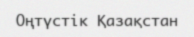
Оңтүстік Қазақстан